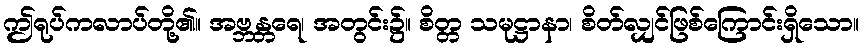
ဤရုပ်ကလာပ်တို့၏။ အဗ္ဘန္တရေ၊ အတွင်း၌။ စိတ္တ သမုဋ္ဌာနာ၊ စိတ်လျှင်ဖြစ်ကြောင်းရှိသော။